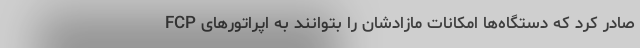
صادر کرد که دستگاه‌ها امکانات مازادشان را بتوانند به اپراتورهای FCP